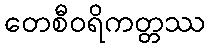
တေစီဝရိကတ္တဿ